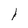
Character: l